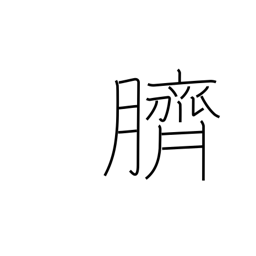
Meaning: navel